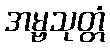
အမ္ဗသုတ္တံ